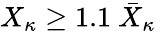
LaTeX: X_{\kappa}\geq 1.1~\bar{X}_{\kappa}